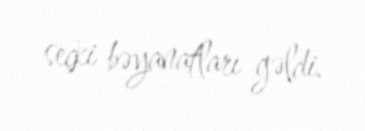
seçki bəyanatları gəldi.